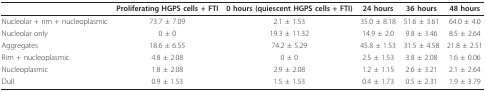
<table><thead><tr><td></td><td><b>Proliferating HGPS cells + FTI</b></td><td><b>0 hours (quiescent HGPS cells + FTI)</b></td><td><b>24 hours</b></td><td><b>36 hours</b></td><td><b>48 hours</b></td></tr></thead><tbody><tr><td>Nucleolar + rim + nucleoplasmic</td><td>73.7 ± 7.09</td><td>2.1 ± 1.53</td><td>35.0 ± 8.18</td><td>51.6 ± 3.61</td><td>64.0 ± 4.0</td></tr><tr><td>Nucleolar only</td><td>0 ± 0</td><td>19.3 ± 11.32</td><td>14.9 ± 2.0</td><td>9.8 ± 3.46</td><td>8.5 ± 2.64</td></tr><tr><td>Aggregates</td><td>18.6 ± 6.55</td><td>74.2 ± 5.29</td><td>45.8 ± 1.53</td><td>31.5 ± 4.58</td><td>21.8 ± 2.51</td></tr><tr><td>Rim + nucleoplasmic</td><td>4.8 ± 2.08</td><td>0 ± 0</td><td>2.5 ± 1.53</td><td>3.8 ± 2.08</td><td>1.6 ± 0.06</td></tr><tr><td>Nucleoplasmic</td><td>1.8 ± 2.08</td><td>2.9 ± 2.08</td><td>1.2 ± 1.15</td><td>2.6 ± 3.21</td><td>2.1 ± 2.64</td></tr><tr><td>Dull</td><td>0.9 ± 1.53</td><td>1.5 ± 1.53</td><td>0.4 ± 1.73</td><td>0.5 ± 2.31</td><td>1.9 ± 3.79</td></tr></tbody></table>